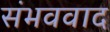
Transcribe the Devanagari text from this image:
संभववाद